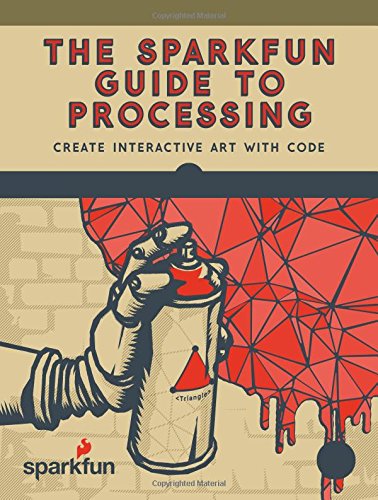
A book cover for The SparkFun Guide to Processing: Create Interactive Art with Code; Derek Runberg; Arts & Photography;